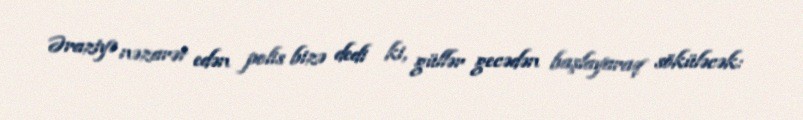
Əraziyə nəzarət edən polis bizə dedi ki, güllər gecədən başlayaraq söküləcək: